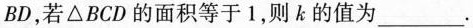
BD，若△BCD的面积等于1，则k的值为___.